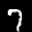
Label: 7